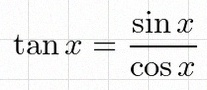
\tan x=\frac{\sin x}{\cos x}